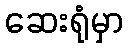
ဆေးရုံမှာ